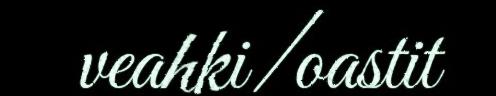
veahki/oastit